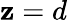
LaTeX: \mathbf{z}=d